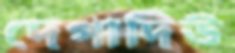
দেপার্দিউ